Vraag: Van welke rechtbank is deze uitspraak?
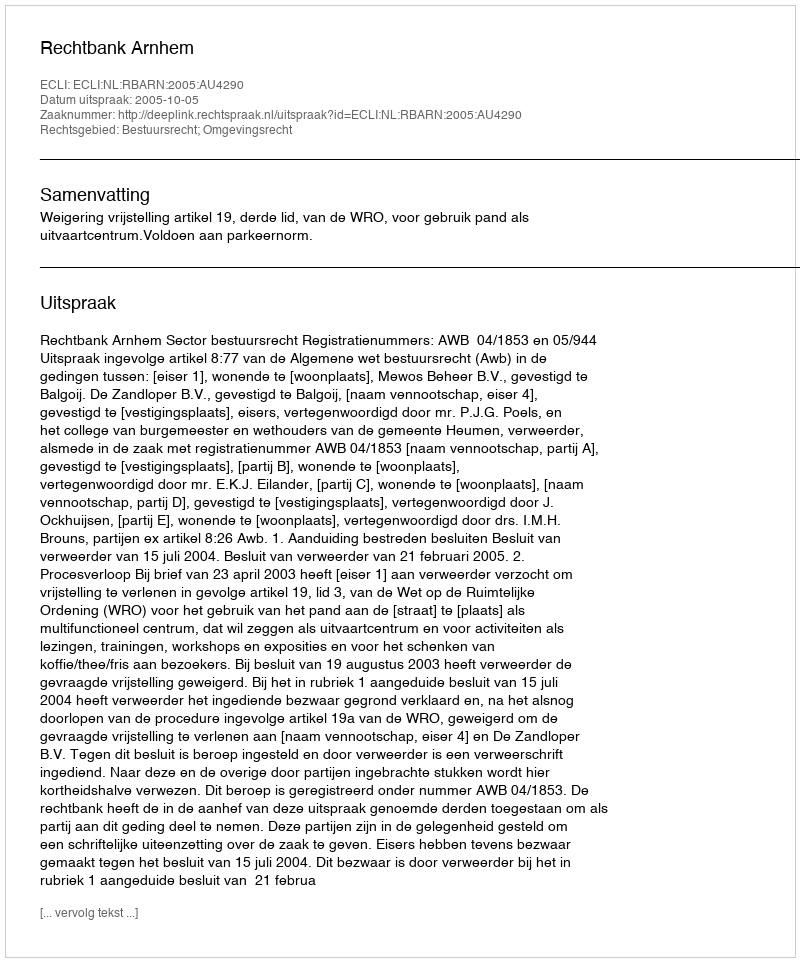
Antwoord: Rechtbank Arnhem